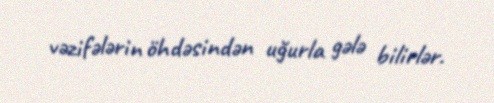
vəzifələrin öhdəsindən uğurla gələ bilirlər.